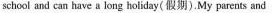
school and can have a long holiday(假期).My parents and